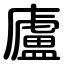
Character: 廬